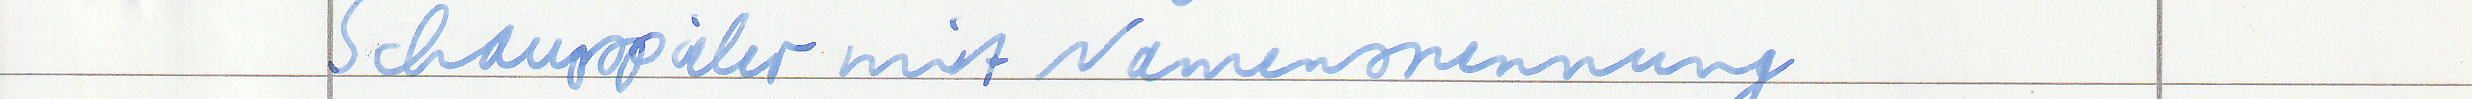
Schauspieler mit Namensnennung